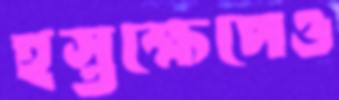
হস্তক্ষেপেও